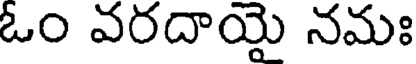
ఓం వరదాయై నమః